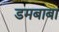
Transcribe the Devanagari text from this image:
डमबाबा